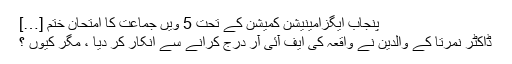
پنجاب ایگزامینیشن کمیشن کے تحت 5 ویں جماعت کا امتحان ختم […]
ڈاکٹر نمرتا کے والدین نے واقعہ کی ایف آئی آر درج کرانے سے انکار کر دیا ، مگر کیوں ؟